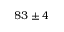
8 3 \pm 4